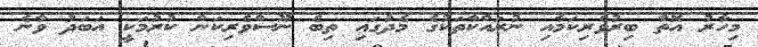
މިހާރު އޮތް ބިރުވެރިކަމާއި ނުރައްކާތަކުގެ މެދުގައި ތިބެ ނޫސްވެރިކަން ކުރުމަކީ އަބަދު ވާނެ